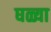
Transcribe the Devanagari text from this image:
घळ्या